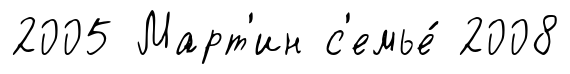
2005 Март'ин с'емье́ 2008